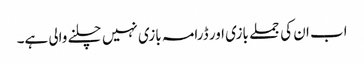
اب ان کی جملے بازی اور ڈرامہ بازی نہیں چلنے والی ہے۔